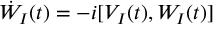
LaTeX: \dot { W } _ { I } ( t ) = - i [ V _ { I } ( t ) , W _ { I } ( t ) ]